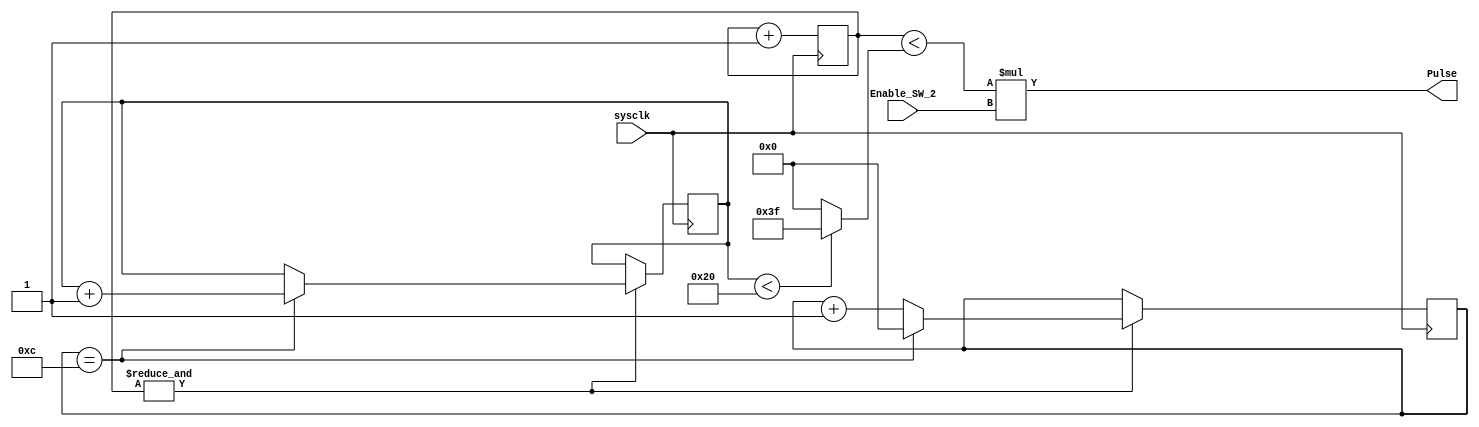
module Square_X(input wire sysclk,
input wire Enable_SW_2,
output wire Pulse);

reg [5:0] count = 0;
reg [5:0] DC_Index = 0;
reg [5:0] Duty_Cycle = 0;
reg [5:0] Index_Count = 0;	

assign Pulse = (count < Duty_Cycle) * Enable_SW_2;

always @(posedge sysclk)begin
	count<=count+1'b1;
	if (&count==1) begin 
		DC_Index<=DC_Index+1'b1;
		if (DC_Index ==  6'd12) begin
			Index_Count <= Index_Count + 1'b1;
			DC_Index <=1'b0;
		end
	end
end

always @(*) begin
	if (Index_Count <6'd32)
		Duty_Cycle <= 6'd63; 
	else
		Duty_Cycle <= 6'b0;
end	
endmodule